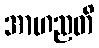
အာဟညတိ